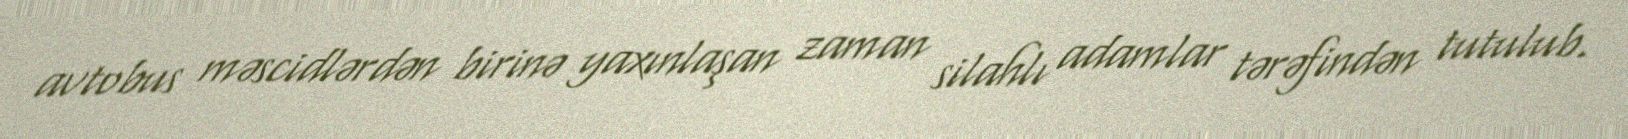
avtobus məscidlərdən birinə yaxınlaşan zaman silahlı adamlar tərəfindən tutulub.